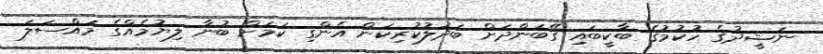
ނަޝީދުގެ ހުކުމުގެ ބާކީބައި ގޭބަންދަށް ބަދަލުކުރިކަން އެންގި ކަމަށް ބުނާ ލިޔުމެއްގެ މައްސަލަ